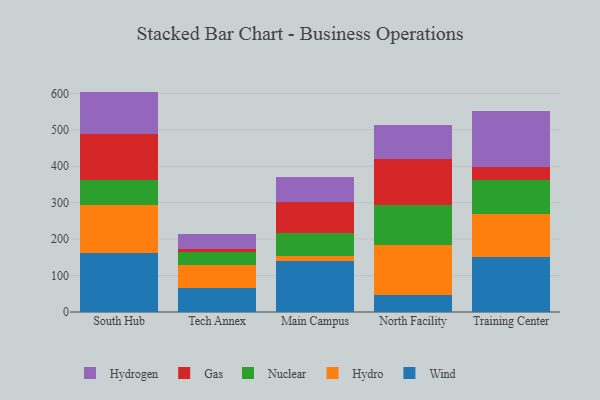
{"axis": {"x": "Campus", "y": "Operating Costs (USD K)"}, "legend": ["Gas", "Hydro", "Hydrogen", "Nuclear", "Wind"], "data": [{"x": "South Hub", "y": 160.7, "type": "Wind"}, {"x": "South Hub", "y": 131.9, "type": "Hydro"}, {"x": "South Hub", "y": 69.8, "type": "Nuclear"}, {"x": "South Hub", "y": 126.0, "type": "Gas"}, {"x": "South Hub", "y": 116.4, "type": "Hydrogen"}, {"x": "Tech Annex", "y": 65.6, "type": "Wind"}, {"x": "Tech Annex", "y": 64.5, "type": "Hydro"}, {"x": "Tech Annex", "y": 34.6, "type": "Nuclear"}, {"x": "Tech Annex", "y": 7.6, "type": "Gas"}, {"x": "Tech Annex", "y": 42.8, "type": "Hydrogen"}, {"x": "Main Campus", "y": 140.4, "type": "Wind"}, {"x": "Main Campus", "y": 14.5, "type": "Hydro"}, {"x": "Main Campus", "y": 61.8, "type": "Nuclear"}, {"x": "Main Campus", "y": 85.6, "type": "Gas"}, {"x": "Main Campus", "y": 68.2, "type": "Hydrogen"}, {"x": "North Facility", "y": 46.5, "type": "Wind"}, {"x": "North Facility", "y": 136.8, "type": "Hydro"}, {"x": "North Facility", "y": 109.8, "type": "Nuclear"}, {"x": "North Facility", "y": 127.3, "type": "Gas"}, {"x": "North Facility", "y": 91.8, "type": "Hydrogen"}, {"x": "Training Center", "y": 150.5, "type": "Wind"}, {"x": "Training Center", "y": 117.9, "type": "Hydro"}, {"x": "Training Center", "y": 93.9, "type": "Nuclear"}, {"x": "Training Center", "y": 35.3, "type": "Gas"}, {"x": "Training Center", "y": 152.7, "type": "Hydrogen"}]}